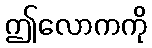
ဤလောကကို